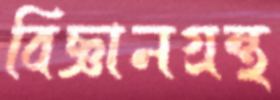
বিজ্ঞানগ্রন্থ